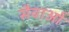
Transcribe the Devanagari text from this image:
सैवाओं